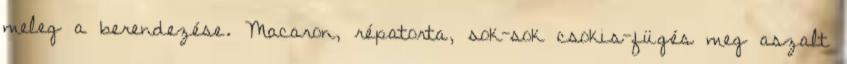
meleg a berendezése. Macaron, répatorta, sok-sok csokis-fügés meg aszalt